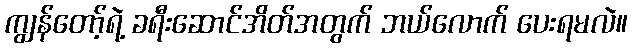
ကျွန်တော့်ရဲ့ ခရီးဆောင်အိတ်အတွက် ဘယ်လောက် ပေးရမလဲ။